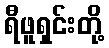
ရီဖူရှင်းတို့